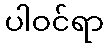
ပါဝင်ရာ